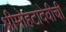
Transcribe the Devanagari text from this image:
श्रीमोहटादेवीची